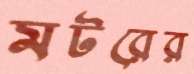
মটরের